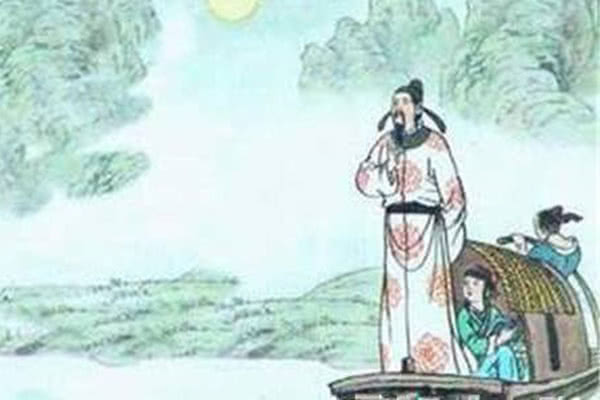
此去与师谁共到，一船明月一帆风。